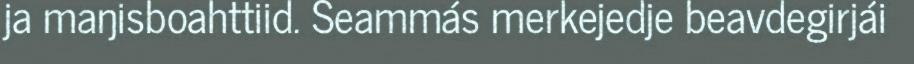
ja maŋisboahttiid. Seammás merkejedje beavdegirjái